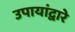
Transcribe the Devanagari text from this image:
उपायांद्वारे